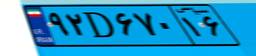
۹۲D۶۷۰۱۶